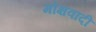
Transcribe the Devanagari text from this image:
मोक्षवादी